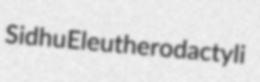
Sidhu Eleutherodactyli